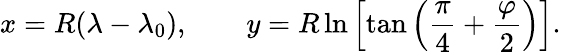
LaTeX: x=R(\lambda-\lambda_{0}),\qquad y=R\ln\left[\tan\left({\frac{\pi}{4}}+{\frac{\varphi}{2}}\right)\right].